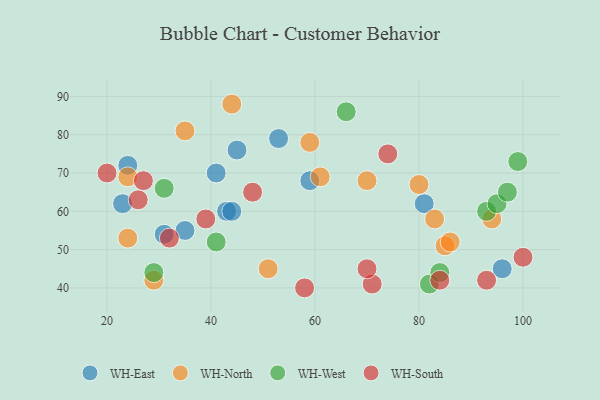
{"axis": {"x": "GDP", "y": "Life Expectancy"}, "legend": ["WH-East", "WH-North", "WH-South", "WH-West"], "data": [{"x": "96", "y": 45, "type": "WH-East"}, {"x": "43", "y": 60, "type": "WH-East"}, {"x": "53", "y": 79, "type": "WH-East"}, {"x": "41", "y": 70, "type": "WH-East"}, {"x": "45", "y": 76, "type": "WH-East"}, {"x": "81", "y": 62, "type": "WH-East"}, {"x": "24", "y": 72, "type": "WH-East"}, {"x": "31", "y": 54, "type": "WH-East"}, {"x": "44", "y": 60, "type": "WH-East"}, {"x": "35", "y": 55, "type": "WH-East"}, {"x": "59", "y": 68, "type": "WH-East"}, {"x": "23", "y": 62, "type": "WH-East"}, {"x": "61", "y": 69, "type": "WH-North"}, {"x": "80", "y": 67, "type": "WH-North"}, {"x": "35", "y": 81, "type": "WH-North"}, {"x": "51", "y": 45, "type": "WH-North"}, {"x": "85", "y": 51, "type": "WH-North"}, {"x": "70", "y": 68, "type": "WH-North"}, {"x": "83", "y": 58, "type": "WH-North"}, {"x": "24", "y": 53, "type": "WH-North"}, {"x": "29", "y": 42, "type": "WH-North"}, {"x": "59", "y": 78, "type": "WH-North"}, {"x": "94", "y": 58, "type": "WH-North"}, {"x": "44", "y": 88, "type": "WH-North"}, {"x": "24", "y": 69, "type": "WH-North"}, {"x": "86", "y": 52, "type": "WH-North"}, {"x": "82", "y": 41, "type": "WH-West"}, {"x": "66", "y": 86, "type": "WH-West"}, {"x": "99", "y": 73, "type": "WH-West"}, {"x": "41", "y": 52, "type": "WH-West"}, {"x": "93", "y": 60, "type": "WH-West"}, {"x": "31", "y": 66, "type": "WH-West"}, {"x": "29", "y": 44, "type": "WH-West"}, {"x": "95", "y": 62, "type": "WH-West"}, {"x": "84", "y": 44, "type": "WH-West"}, {"x": "97", "y": 65, "type": "WH-West"}, {"x": "93", "y": 42, "type": "WH-South"}, {"x": "20", "y": 70, "type": "WH-South"}, {"x": "27", "y": 68, "type": "WH-South"}, {"x": "71", "y": 41, "type": "WH-South"}, {"x": "39", "y": 58, "type": "WH-South"}, {"x": "84", "y": 42, "type": "WH-South"}, {"x": "74", "y": 75, "type": "WH-South"}, {"x": "48", "y": 65, "type": "WH-South"}, {"x": "58", "y": 40, "type": "WH-South"}, {"x": "32", "y": 53, "type": "WH-South"}, {"x": "100", "y": 48, "type": "WH-South"}, {"x": "70", "y": 45, "type": "WH-South"}, {"x": "26", "y": 63, "type": "WH-South"}]}